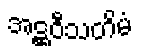
အဋ္ဌဝီသတိမံ